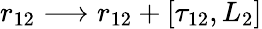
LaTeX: r_{12}\longrightarrow r_{12}+[\tau_{12},L_{2}]